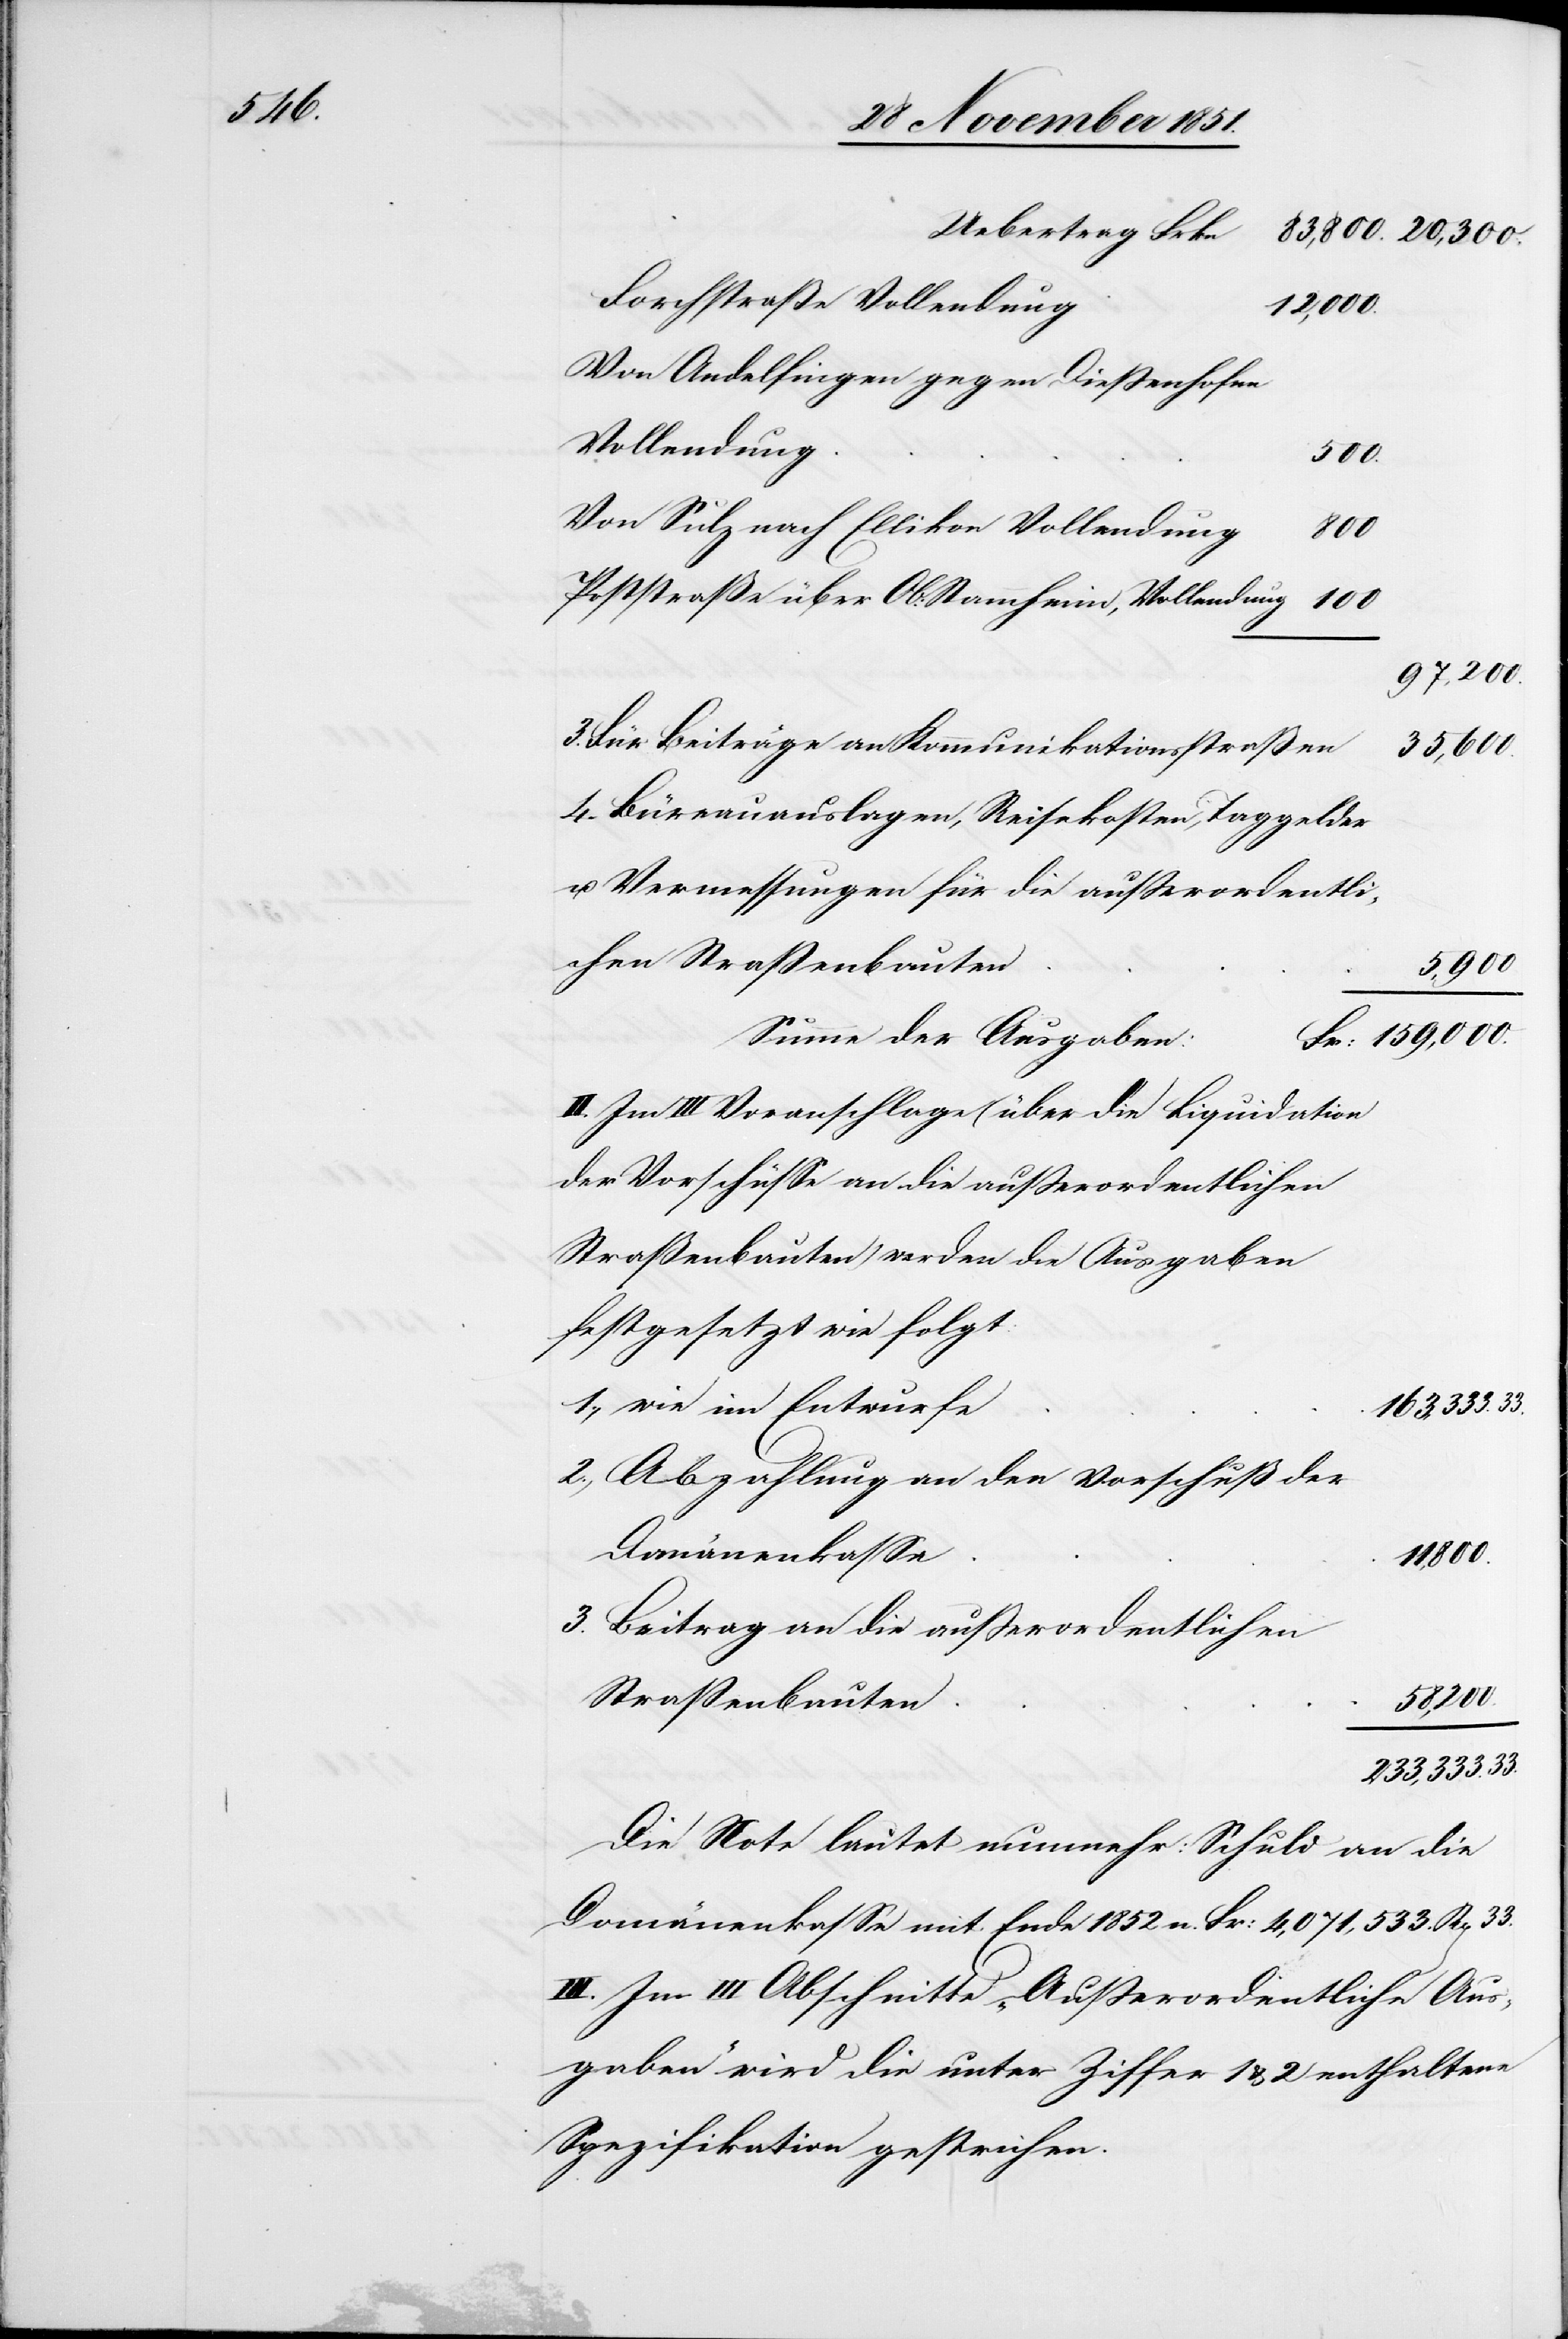
Forchstraße Vollendung
159,000.
Von Andelfingen gegen Dießenhofen
Vollendung
500.
Von Sulz nach Ellikon Vollendung
800
Poststraße über Ob: Stammheim, Vollendung
100
97,200.
Für Beiträge an Kommunikationsstraßen
35,600.
Büreauauslagen, Reisekosten, Taggelder
u. Vermessungen für die außerordentli¬
chen Straßenbauten
5,900
Summe der Ausgaben:
II. Im III Voranschlage (über die Liquidation
der Vorschüsse an die außerordentlichen
Straßenbauten) werden die Ausgaben
festgesetzt wie folgt:
wie im Entwurfe
163,333.
Abzahlung an den Vorschuß der
Domänenkasse
11,800.
Beitrag an die außerordentlichen
Straßenbauten
58,200.
233,333.
Die Note lautet nunmehr: Schuld an die
Domänenkasse mit Ende 1852 n. Fr: 4,071,533. Rp[en]
III. Im III Abschnitte „Außerordentliche Aus¬
gaben“ wird die unter Ziffer 1 & 2 enthaltene
Spezifikation gestrichen.